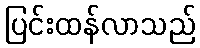
ပြင်းထန်လာသည်